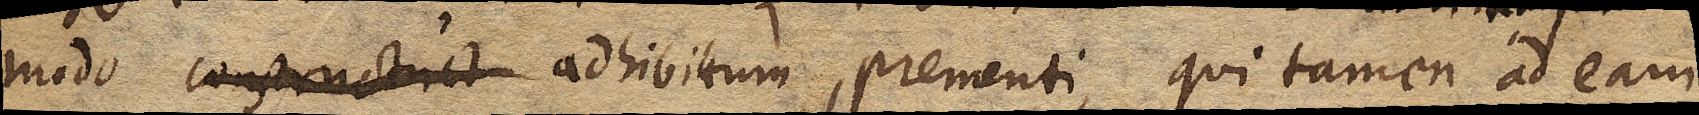
modo adhibitum, prementi, qui tamen ad eam